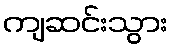
ကျဆင်းသွား